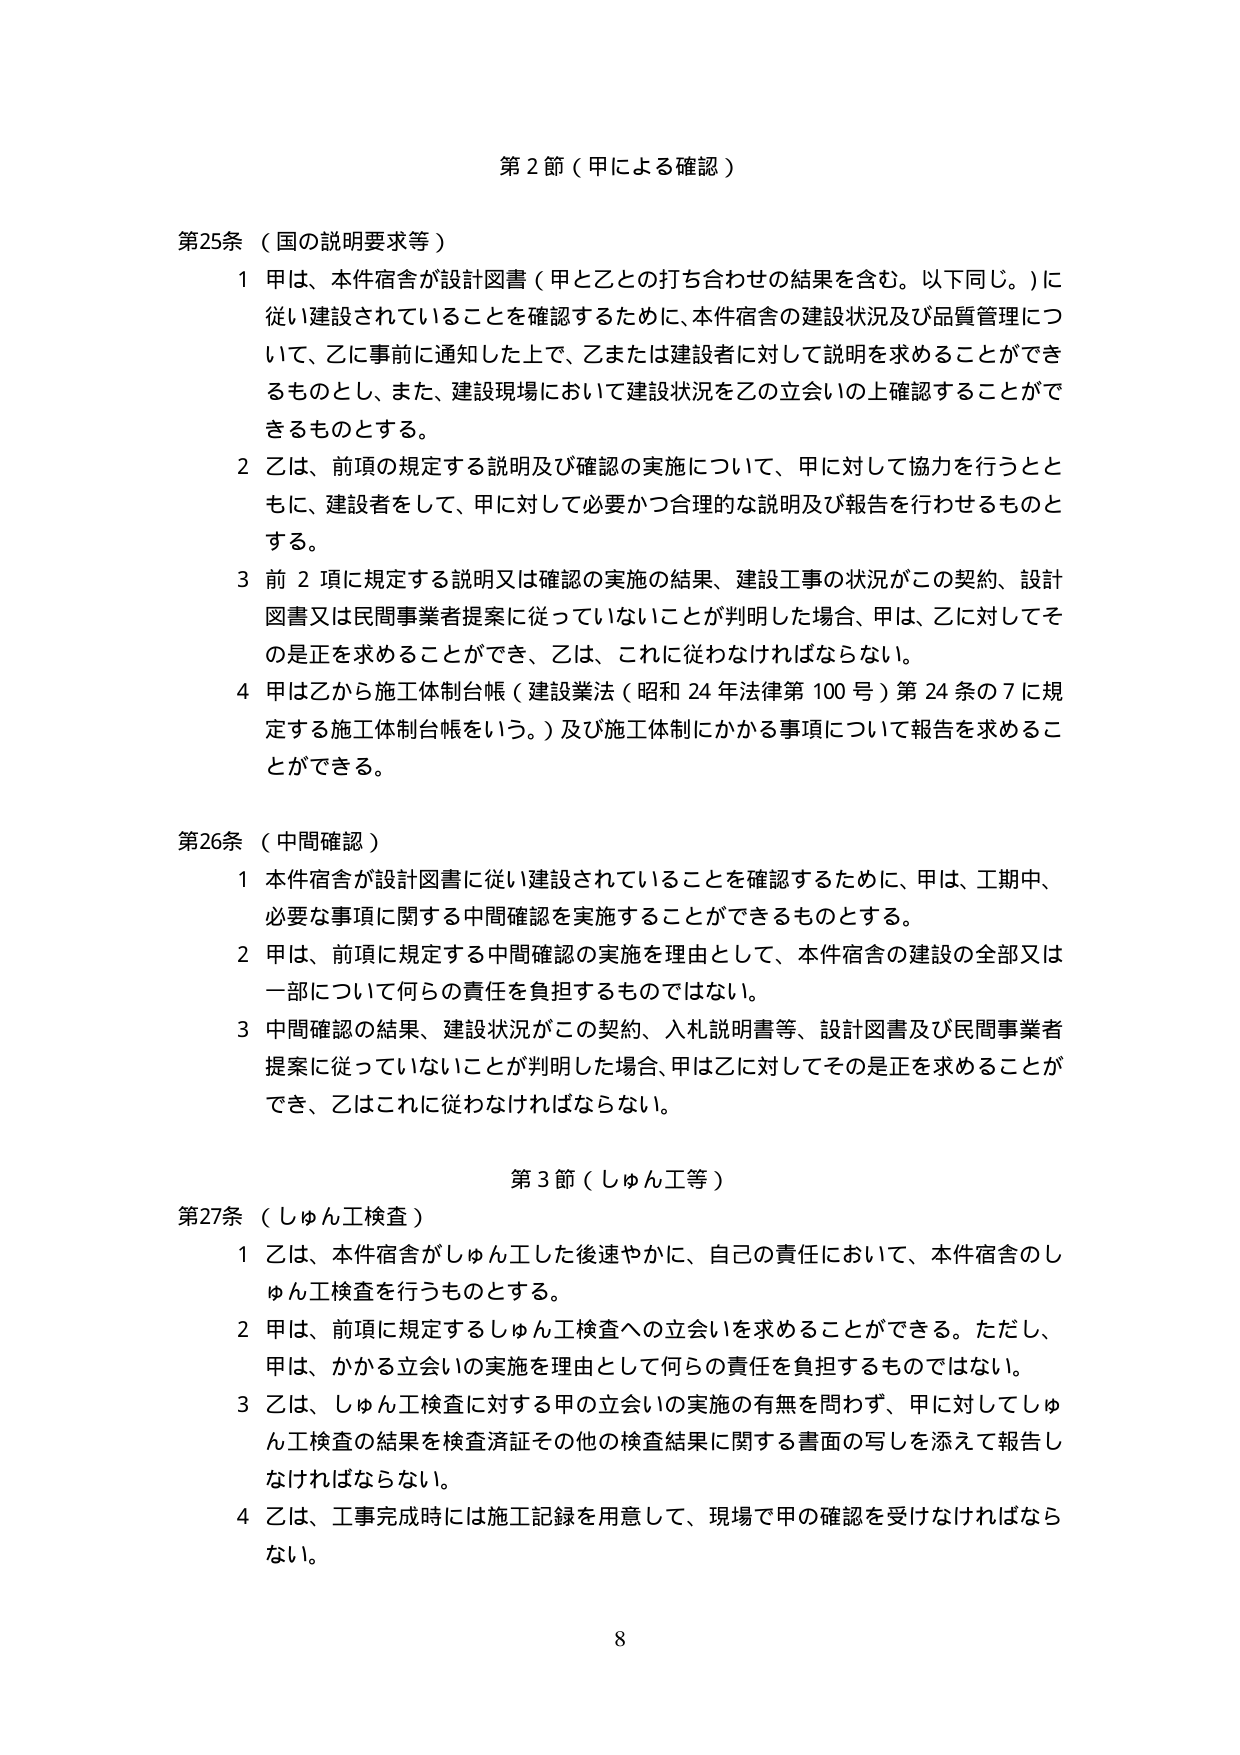
第２節（甲による確認）

第25条（国の説明要求等）
１ 甲は、本件宿舎が設計図書（甲と乙との打ち合わせの結果を含む。以下同じ。）に従い建設されていることを確認するために、本件宿舎の建設状況及び品質管理について、乙に事前に通知した上で、乙または建設者に対して説明を求めることができるものとし、また、建設現場において建設状況を乙の立会いの上確認することができるものとする。
２ 乙は、前項の規定する説明及び確認の実施について、甲に対して協力を行うとともに、建設者をして、甲に対して必要かつ合理的な説明及び報告を行わせるものとする。
３ 前２項に規定する説明又は確認の実施の結果、建設工事の状況がこの契約、設計図書又は民間事業者提案に従っていないことが判明した場合、甲は、乙に対してその是正を求めることができ、乙は、これに従わなければならない。
４ 甲は乙から施工体制台帳（建設業法（昭和24年法律第100号）第24条の7に規定する施工体制台帳をいう。）及び施工体制にかかる事項について報告を求めることができる。

第26条（中間確認）
１ 本件宿舎が設計図書に従い建設されていることを確認するために、甲は、工期中、必要な事項に関する中間確認を実施することができるものとする。
２ 甲は、前項に規定する中間確認の実施を理由として、本件宿舎の建設の全部又は一部について何らの責任を負担するものではない。
３ 中間確認の結果、建設状況がこの契約、入札説明書等、設計図書及び民間事業者提案に従っていないことが判明した場合、甲は乙に対してその是正を求めることができ、乙はこれに従わなければならない。

第３節（しゅん工等）

第27条（しゅん工検査）
１ 乙は、本件宿舎がしゅん工した後速やかに、自己の責任において、本件宿舎のしゅん工検査を行うものとする。
２ 甲は、前項に規定するしゅん工検査への立会いを求めることができる。ただし、甲は、かかる立会いの実施を理由として何らの責任を負担するものではない。
３ 乙は、しゅん工検査に対する甲の立会いの実施の有無を問わず、甲に対してしゅん工検査の結果を検査済証その他の検査結果に関する書面の写しを添えて報告しなければならない。
４ 乙は、工事完成時には施工記録を用意して、現場で甲の確認を受けなければならない。

8